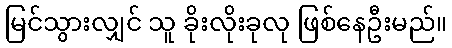
မြင်သွားလျှင် သူ ခိုးလိုးခုလု ဖြစ်နေဦးမည်။